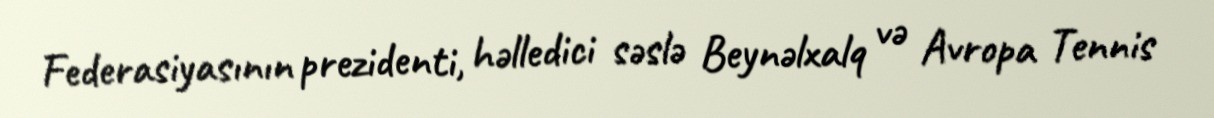
Federasiyasının prezidenti, həlledici səslə Beynəlxalq və Avropa Tennis